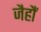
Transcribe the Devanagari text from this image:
जैहौं